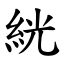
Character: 絖